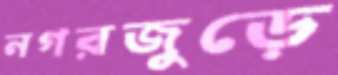
নগরজুড়ে